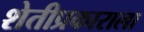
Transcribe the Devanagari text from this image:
शेतीप्रकाराला